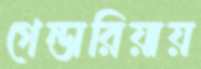
গেন্ডারিয়ায়